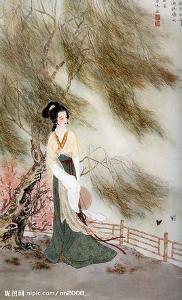
桃李风前多妩媚，杨柳更温柔。